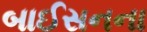
બાઈસનના